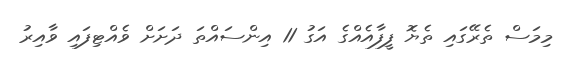
މިމަސް ތެރޭގައި ތެޔޮ ފީފާއެއްގެ އަގު 11 އިންސައްތަ ދަށަށް ވެއްޓިފައި ވާއިރު